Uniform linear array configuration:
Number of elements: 8
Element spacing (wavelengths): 1
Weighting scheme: cosine
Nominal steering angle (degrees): -45
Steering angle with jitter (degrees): -44.762
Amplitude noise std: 0.05
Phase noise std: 0.05

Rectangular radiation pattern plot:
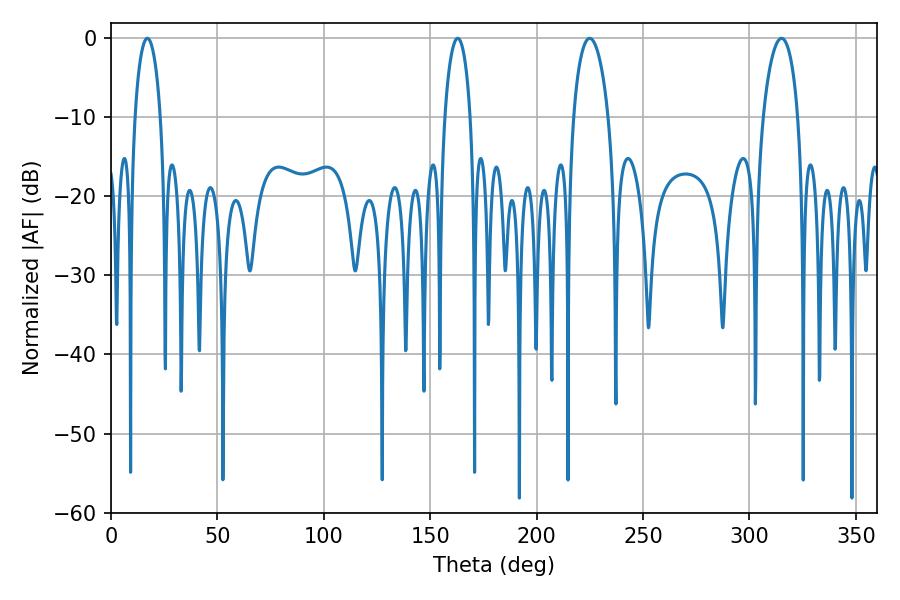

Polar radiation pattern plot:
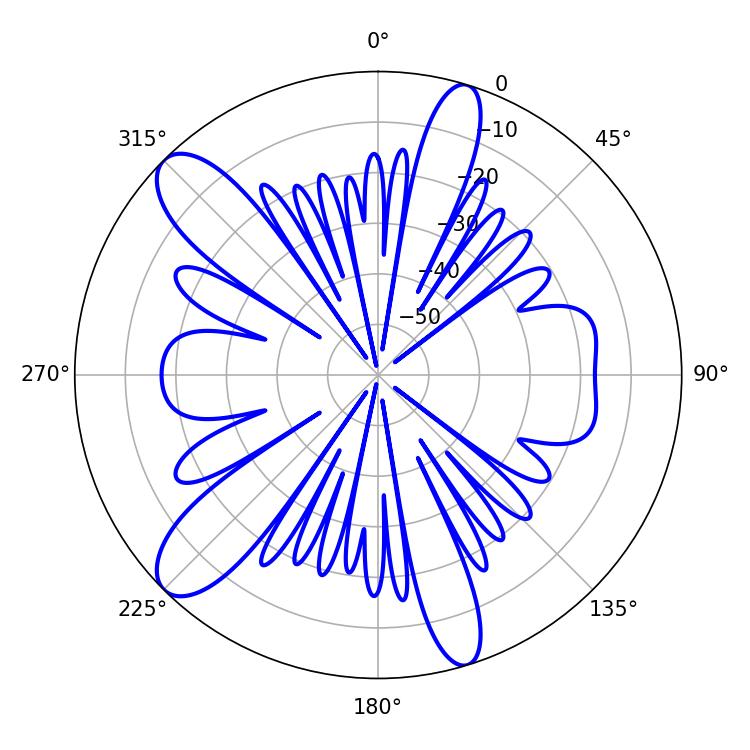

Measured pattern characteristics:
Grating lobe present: TRUE
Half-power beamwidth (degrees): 6.84
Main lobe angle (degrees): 17.1